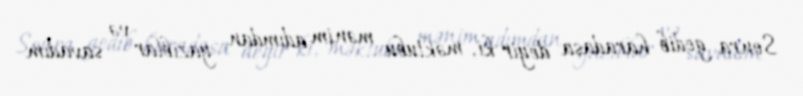
Sonra gedib haradasa deyir ki, məktubu mənim adımdan yazıblar və savadım